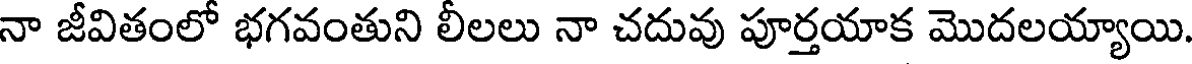
నా జీవితంలో భగవంతుని లీలలు నా చదువు పూర్తయాక మొదలయ్యాయి.